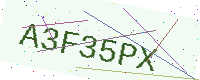
Text: A3F35PX